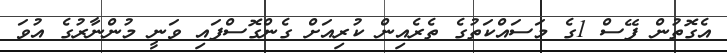
އެގޮތުން ފޭސް 1ގެ މަސައްކަތުގެ ތެރެއިން ކުރިއަށް ގެންގޮސްފައި ވަނީ މުންނާރުގެ އުވަ